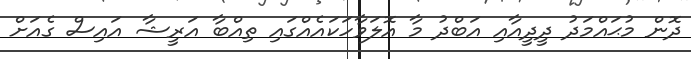
ދޮން މުޙައްމަދު ދީދީއާއި އަބްދު މާ އޮލަވާހަކައެއްގައި ތިއްބާ އަރީޝާ އައިސް ގެއަށް